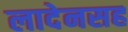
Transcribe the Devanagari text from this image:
लादेनसह